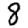
Digit: 8